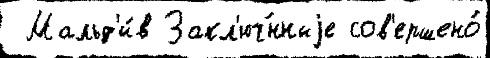
 Мальд'и́в Закл'юч́нныjе сов'ершено́